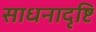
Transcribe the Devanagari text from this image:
साधनादृष्टि